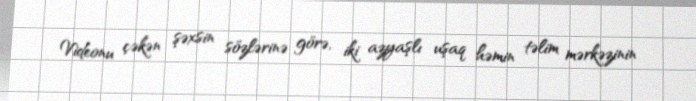
Videonu çəkən şəxsin sözlərinə görə, iki azyaşlı uşaq həmin təlim mərkəzinin